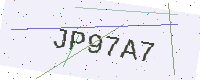
Text: JP97A7